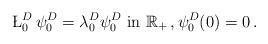
LaTeX: \begin{align*}\L_0^D \, \psi_0^D = \lambda_0^D \psi_0^D \mbox{ in } \mathbb R_+ \,, \psi_0^D(0)=0\,.\end{align*}